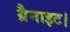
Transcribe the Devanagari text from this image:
ग्रैनाइट।